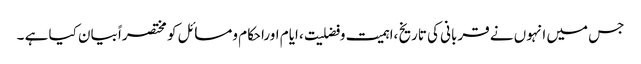
جس میں انہوں نے قربانی کی تاریخ ،اہمیت وفضلیت ، ایام اوراحکام ومسائل کو مختصراً بیان کیا ہے ۔